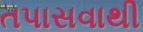
તપાસવાથી